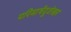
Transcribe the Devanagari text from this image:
परिमाषेंदुशेखर